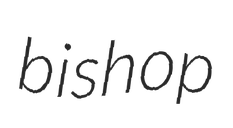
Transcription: bishop